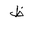
Letter: _za